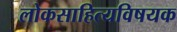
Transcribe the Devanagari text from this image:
लोकसाहित्यविषयक